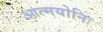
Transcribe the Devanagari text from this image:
आत्मयोनिः